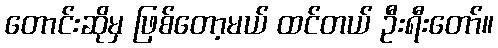
တောင်းဆိုမှ ဖြစ်တော့မယ် ထင်တယ် ဦးရီးတော်။